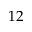
1 2